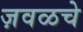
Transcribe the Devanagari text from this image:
ज़वळचे